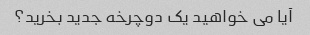
آیا می خواهید یک دوچرخه جدید بخرید؟